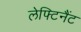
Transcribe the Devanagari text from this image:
लेफ्टिनैंट